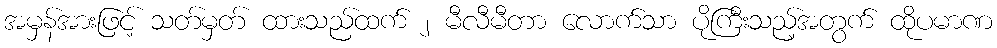
အမှန်အားဖြင့် သတ်မှတ် ထားသည်ထက် ၂ မီလီမီတာ လောက်သာ ပိုကြီးသည့်အတွက် ထိုပမာဏ